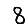
Digit: 8